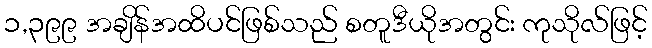
၁,၃၉၉ အချိန်အထိပင်ဖြစ်သည် စတူဒီယိုအတွင်း ကုသိုလ်ဖြင့်